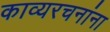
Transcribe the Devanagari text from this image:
काव्यरचनांना